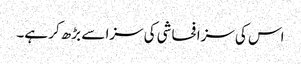
اس کی سزا فحاشی کی سزا سے بڑھ کر ہے۔